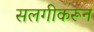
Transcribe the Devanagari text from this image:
सलगीकरून